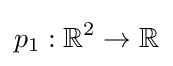
p_{1}:\mathbb {R} ^{2}\to \mathbb {R}